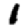
Digit: 1